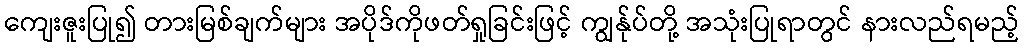
ကျေးဇူးပြု၍ တားမြစ်ချက်များ အပိုဒ်ကိုဖတ်ရှုခြင်းဖြင့် ကျွန်ုပ်တို့ အသုံးပြုရာတွင် နားလည်ရမည့်